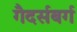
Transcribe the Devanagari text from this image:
गैदर्सबर्ग